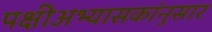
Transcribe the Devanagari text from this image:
पक्षीअभ्यासकांनुसार